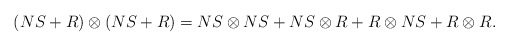
\begin{align*}(NS+R)\otimes (NS+R)=NS\otimes NS+NS\otimes R+R\otimes NS+R\otimes R.\end{align*}